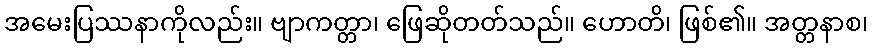
အမေးပြဿနာကိုလည်း။ ဗျာကတ္တာ၊ ဖြေဆိုတတ်သည်။ ဟောတိ၊ ဖြစ်၏။ အတ္တနာစ၊